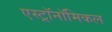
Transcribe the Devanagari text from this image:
एस्ट्रॉनॉमिकल